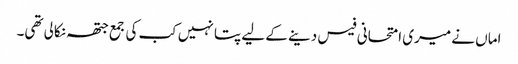
اماں نے میری امتحانی فیس دینے کے لیے پتا نہیں کب کی جمع جتھہ نکالی تھی۔